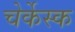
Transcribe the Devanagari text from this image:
चेर्केस्क